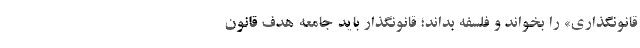
قانونگذاری» را بخواند و فلسفه بداند؛ قانونگذار باید جامعه هدف قانون